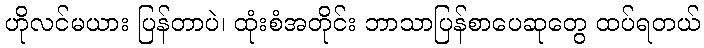
ဟိုလင်မယား ပြန်တာပဲ၊ ထုံးစံအတိုင်း ဘာသာပြန်စာပေဆုတွေ ထပ်ရတယ်